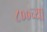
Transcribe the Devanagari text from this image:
८००च्या